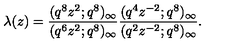
\lambda ( z ) = \frac { ( q ^ { 8 } z ^ { 2 } ; q ^ { 8 } ) _ { \infty } } { ( q ^ { 6 } z ^ { 2 } ; q ^ { 8 } ) _ { \infty } } \frac { ( q ^ { 4 } z ^ { - 2 } ; q ^ { 8 } ) _ { \infty } } { ( q ^ { 2 } z ^ { - 2 } ; q ^ { 8 } ) _ { \infty } } .